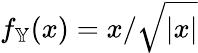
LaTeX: f_{\mathbb{Y}}(x)=x/\sqrt{|x|}